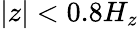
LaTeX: |z|<0.8H_{z}